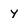
Character: y